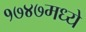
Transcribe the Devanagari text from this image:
१७४७मध्ये